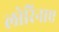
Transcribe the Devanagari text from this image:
लोरिनाए